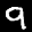
Label: 9